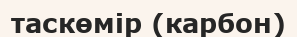
таскөмір (карбон)